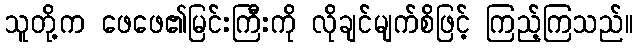
သူတို့က ဖေဖေ၏မြင်းကြီးကို လိုချင်မျက်စိဖြင့် ကြည့်ကြသည်။